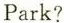
Park?